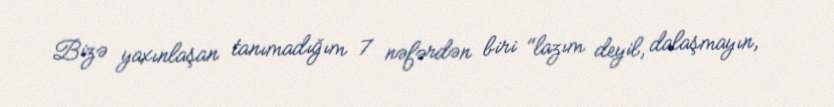
Bizə yaxınlaşan tanımadığım 7 nəfərdən biri "lazım deyil, dalaşmayın,